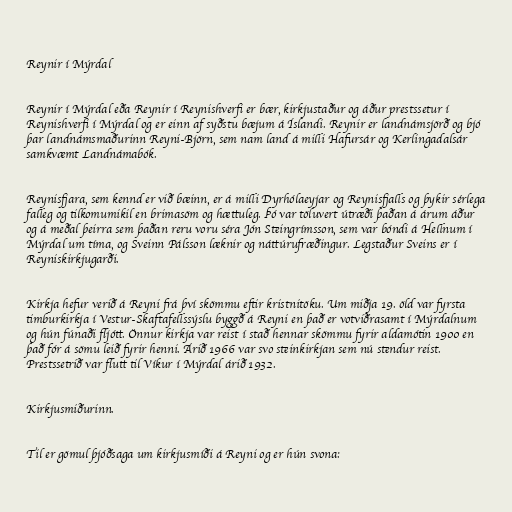
Reynir í Mýrdal

Reynir í Mýrdal eða Reynir í Reynishverfi er bær, kirkjustaður og áður prestssetur í
Reynishverfi í Mýrdal og er einn af syðstu bæjum á Íslandi. Reynir er landnámsjörð og bjó
þar landnámsmaðurinn Reyni-Björn, sem nam land á milli Hafursár og Kerlingadalsár
samkvæmt Landnámabók.

Reynisfjara, sem kennd er við bæinn, er á milli Dyrhólaeyjar og Reynisfjalls og þykir sérlega
falleg og tilkomumikil en brimasöm og hættuleg. Þó var töluvert útræði þaðan á árum áður
og á meðal þeirra sem þaðan reru voru séra Jón Steingrímsson, sem var bóndi á Hellnum í
Mýrdal um tíma, og Sveinn Pálsson læknir og náttúrufræðingur. Legstaður Sveins er í
Reyniskirkjugarði.

Kirkja hefur verið á Reyni frá því skömmu eftir kristnitöku. Um miðja 19. öld var fyrsta
timburkirkja í Vestur-Skaftafellssýslu byggð á Reyni en það er votviðrasamt í Mýrdalnum
og hún fúnaði fljótt. Önnur kirkja var reist í stað hennar skömmu fyrir aldamótin 1900 en
það fór á sömu leið fyrir henni. Árið 1966 var svo steinkirkjan sem nú stendur reist.
Prestssetrið var flutt til Víkur í Mýrdal árið 1932.

Kirkjusmiðurinn.

Til er gömul þjóðsaga um kirkjusmíði á Reyni og er hún svona: